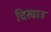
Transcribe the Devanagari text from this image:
दिखाउ